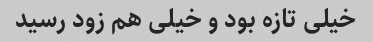
خیلی تازه بود و خیلی هم زود رسید